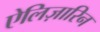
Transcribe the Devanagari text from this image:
ऐलिज़ारिन